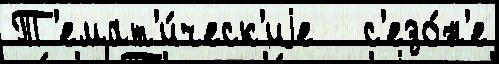
Т'емат'и́ческ'иjе   с'езо́н'е